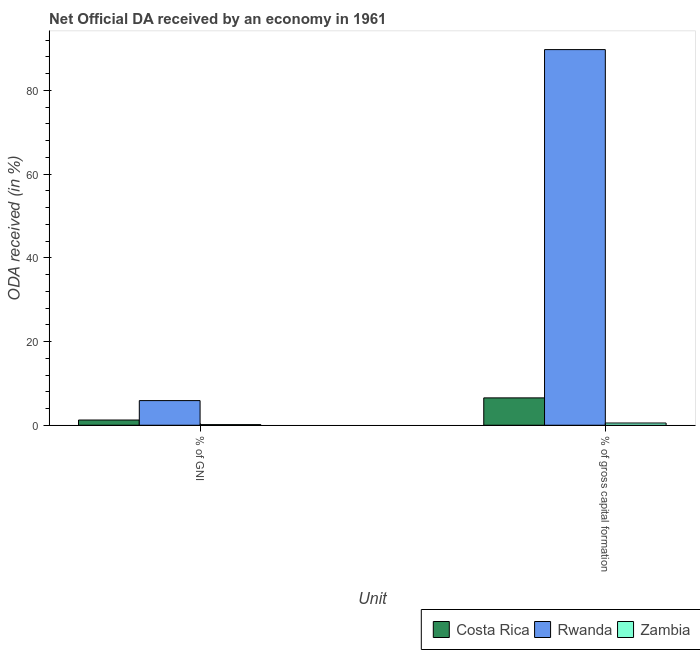
| Unit | Costa Rica | Rwanda | Zambia |
 | --- | --- | --- | --- |
 | % of GNI | 1.25 | 5.89 | 0.147 |
 | % of gross capital formation | 6.54 | 89.7 | 0.535 |